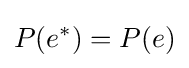
P(e^{*})=P(e)